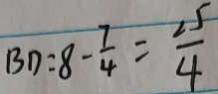
B D : 8 - \frac { 7 } { 4 } = \frac { 2 5 } { 4 }